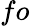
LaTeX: fo